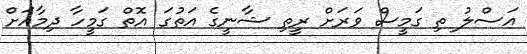
އަސްލު ތި ގަމީސް ވަރަށް ރީތި ޝާނީގެ އަތުގަ އޮތް ގަމީހާ ދިމާއަށް